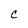
Character: C